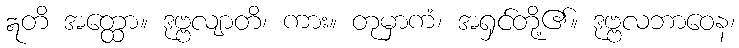
ဣတိ အတ္ထော။ ဒုဗ္ဗလျာတိ၊ ကား။ တုမှာကံ၊ အရှင်တို့၏။ ဒုဗ္ဗလဘာဝေန၊